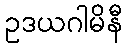
ဥဒယဂါမိနီ